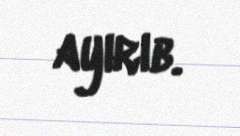
ayırıb.